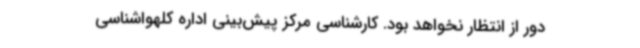
دور از انتظار نخواهد بود. کارشناسی مرکز پیش‌بینی اداره کلهواشناسی